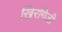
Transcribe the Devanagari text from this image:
खिरगिजी